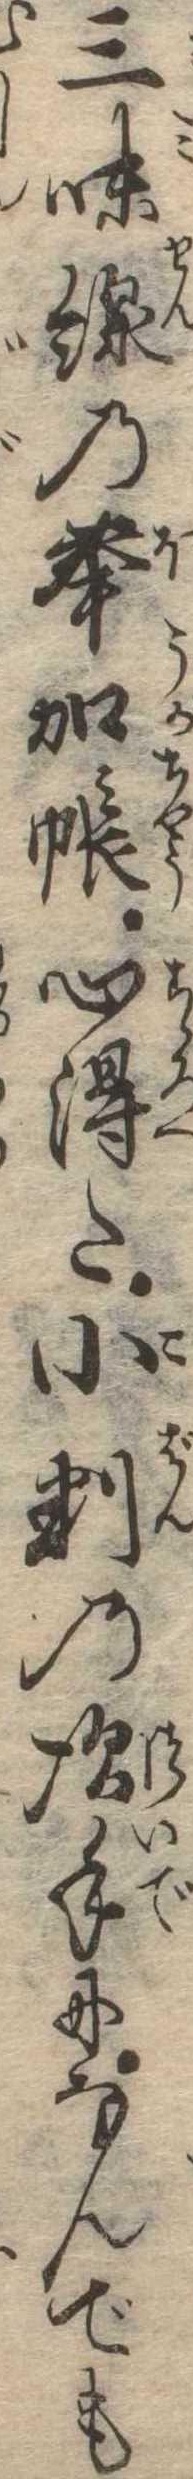
三味線の奉加帳心得た小判の次手になんでも